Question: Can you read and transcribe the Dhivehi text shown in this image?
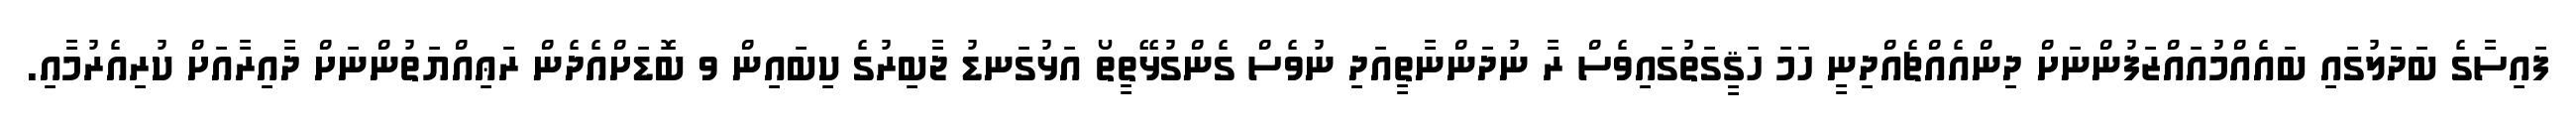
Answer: ފައިސާގެ ބަދަލުގައި ބައެއްމުއައްޒަފުންނަށް ދިންއެއްޗެއްދިނީ ހަމަ ހަޤީގަތުގައިވެސް ރާ ނުދަންނާތީއަދި ނުވެސް ގެންގުޅޭތީތޯ އަޅުގަނޑު ޖާބިރުގެ ކިބައިން ވ ބޮޑަށްއެދެން ރަޢިއްޔަތުންނަށް ދާއިރާއަށް ކުރިއެރުމާއި.